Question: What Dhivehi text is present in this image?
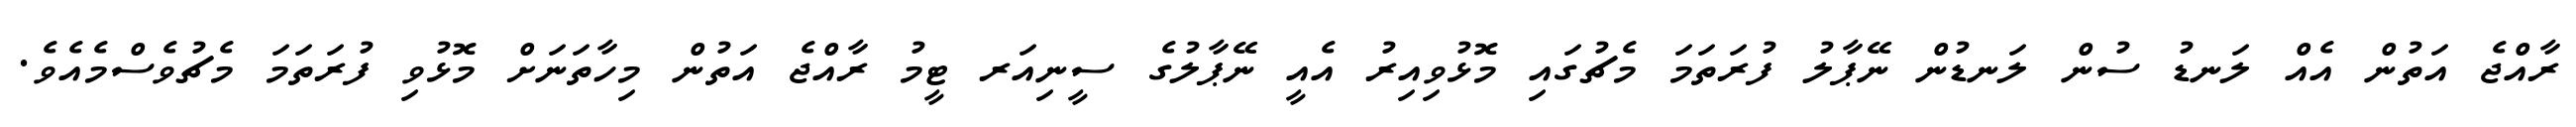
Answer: ރާއްޖެ އަތުން އެއް ލަނޑު ސުން ލަނޑުން ނޭޕާލު ފުރަތަމަ މެޗުގައި މޮޅުވިއިރު އެއީ ނޭޕާލުގެ ސީނިއަރ ޓީމު ރާއްޖެ އަތުން މިހާތަނަށް މޮޅުވި ފުރަތަމަ މެޗުވެސްމެއެވެ.